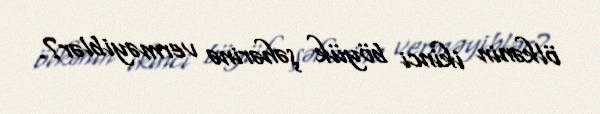
ölkənin ikinci böyük şəhərinə verməyiblər?.